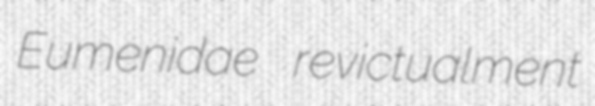
Eumenidae revictualment